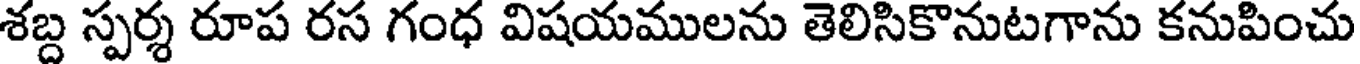
శబ్ద స్పర్శ రూప రస గంధ విషయములను తెలిసికొనుటగాను కనుపించు